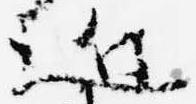
近